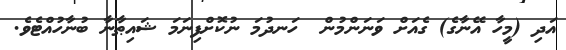
އަދި (މީހާ އޭނާގެ) ގެއަށް ވަނަންމުން  ހަނދުމަ ނުކޮށްފިނަމަ ޝައިޠާނާ ބުނާހުއްޓެވެ.